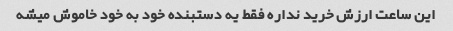
این ساعت ارزش خرید نداره فقط یه دستبنده خود به خود خاموش میشه